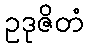
ဥဒုဇိတံ